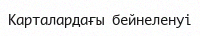
Карталардағы бейнеленуі